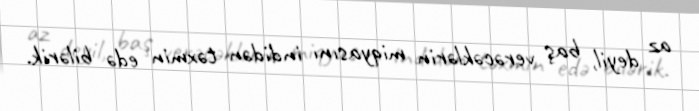
az deyil, baş verəcəklərin miqyasını indidən təxmin edə bilərik.